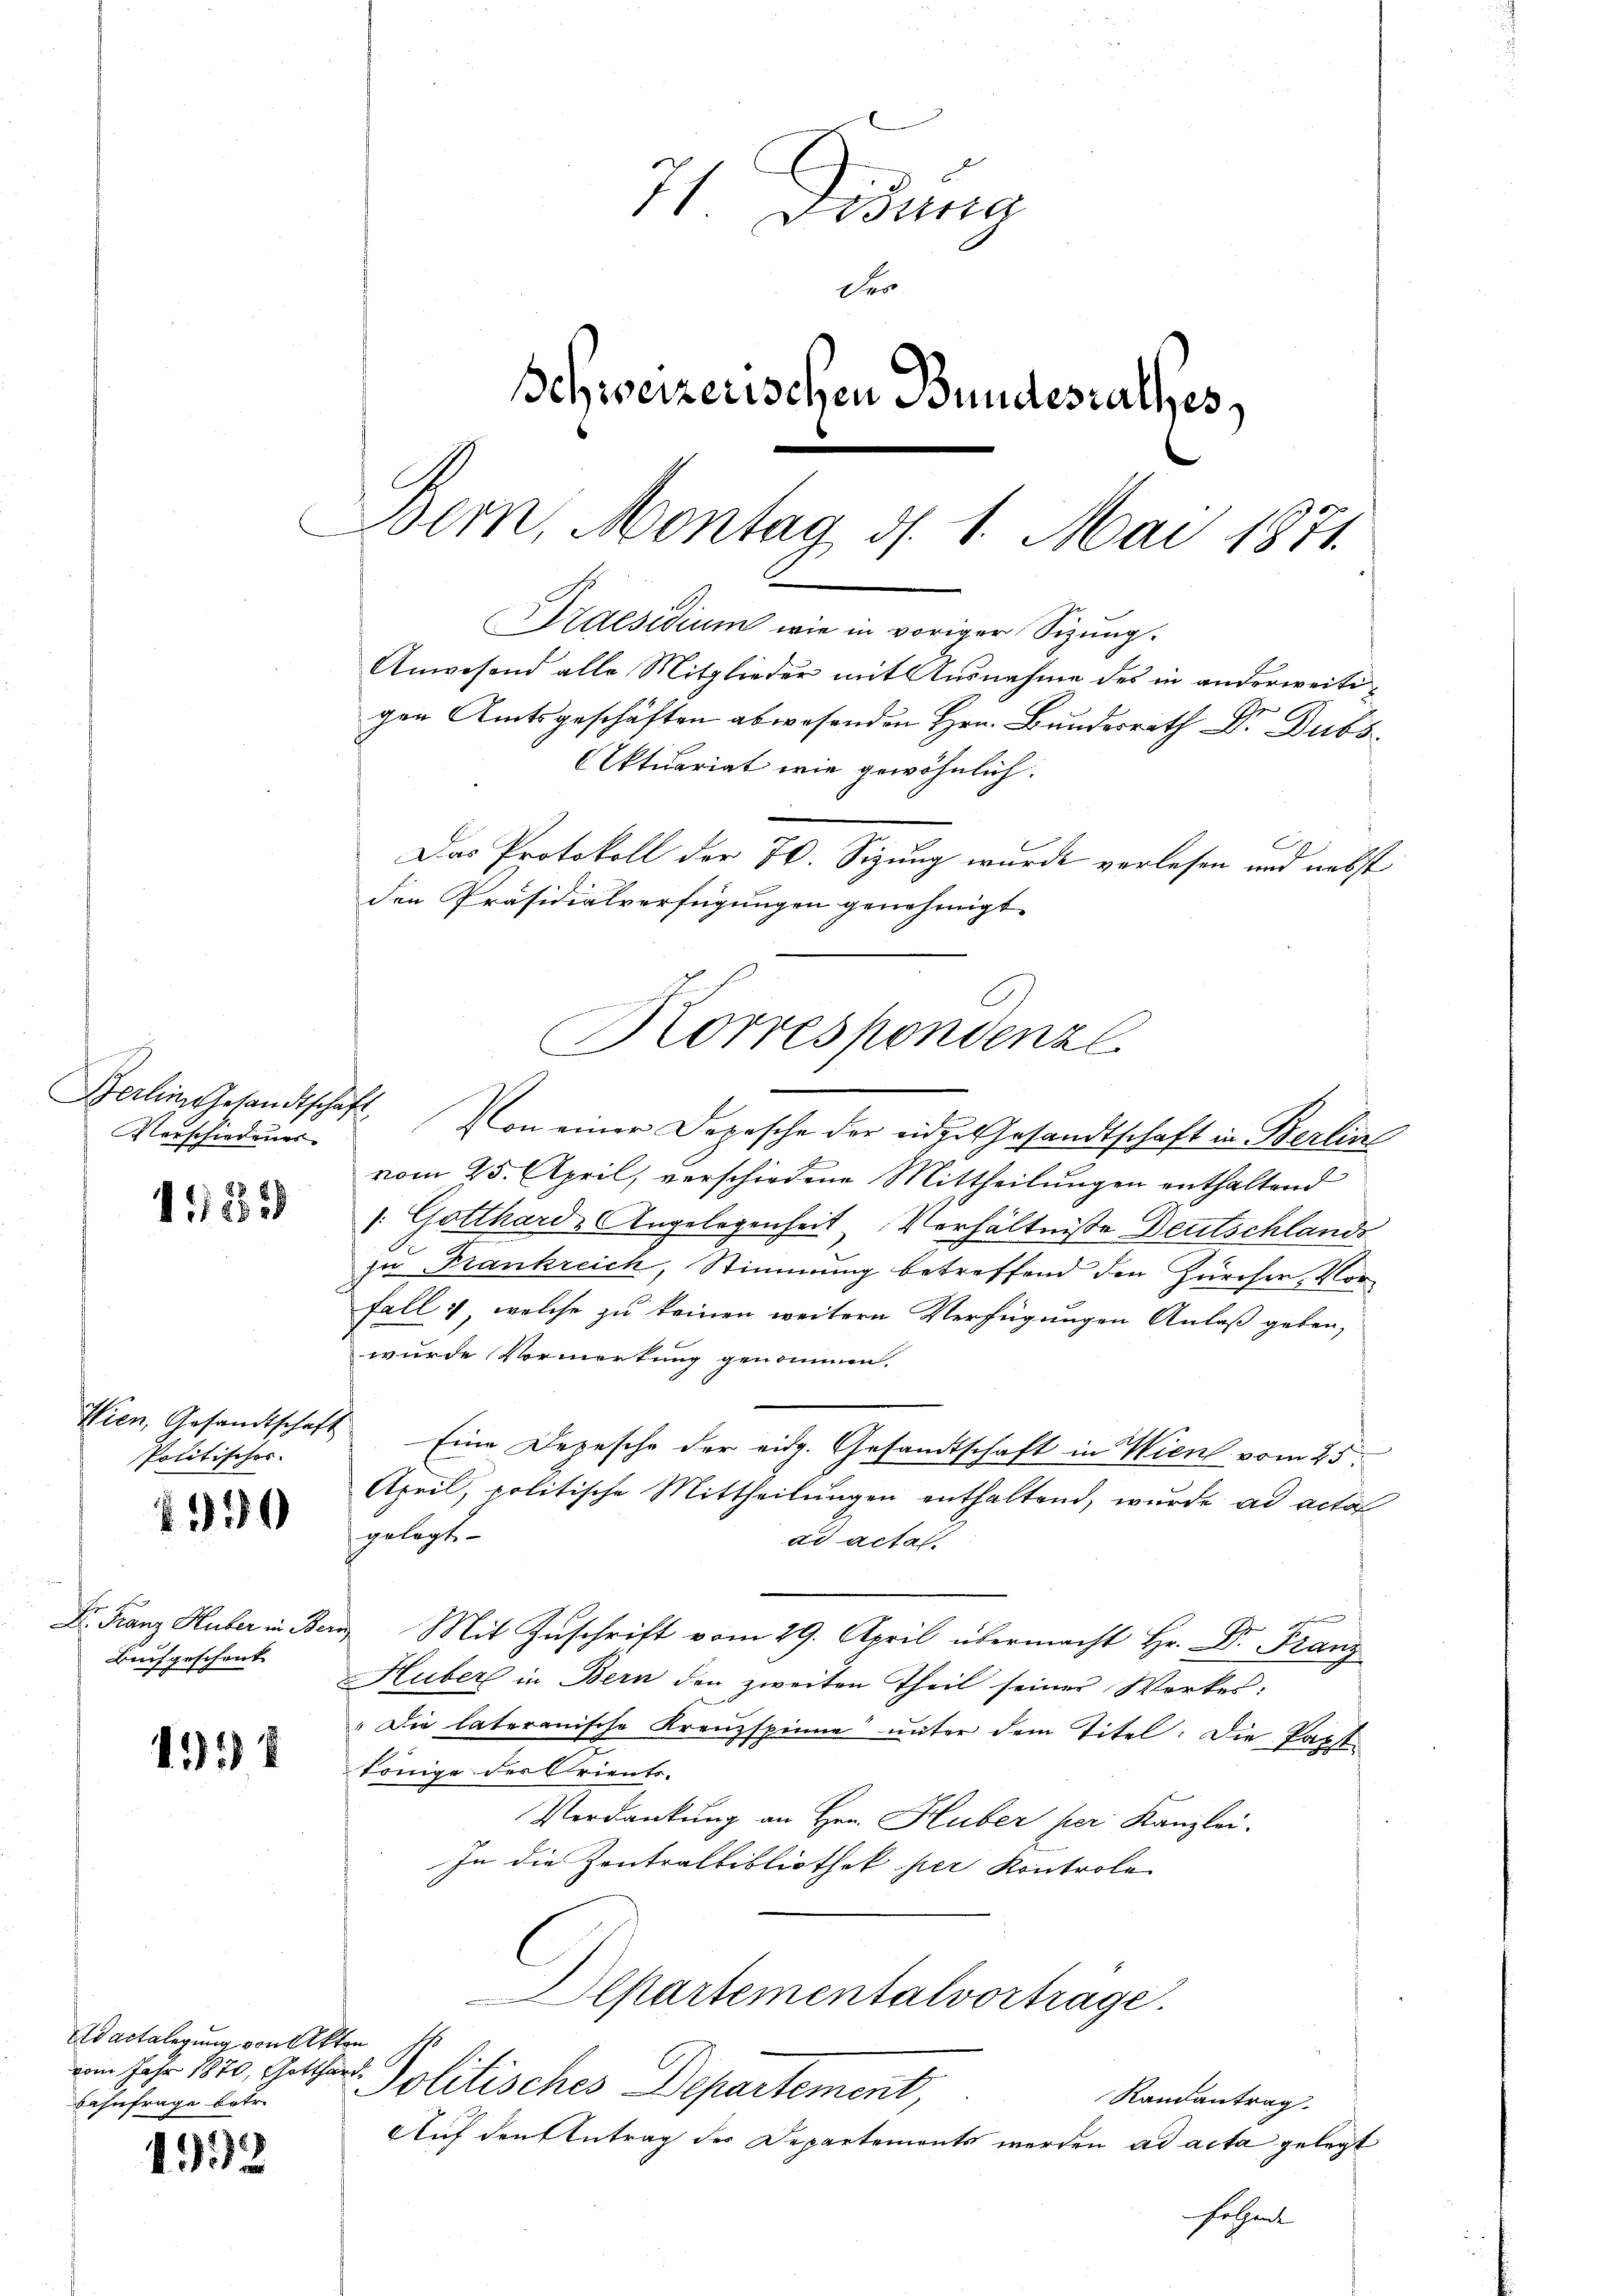
Verschiedungs-

Politisches.

Baufgeschenk

Ad actalegung von Akten
Bahnfrage betr.

1182)

210

112

1932

71 Didung
Deo
Schweizerischen Bundesrathes,
Bern, Montag, d. 1. Mai 1871.
Draesidium wie in voriger Sizung.
Anwesend alle Mitglieder mit Ausnahme des in anderweitigen Amtsgeschäften abwesenden Hrn. Bundesrath Dr. Dubs
Aktuariat wie gewöhnlich.
Das Protokoll der 70. Sizung wurde vorlesen und nebst

den Präsidialverfügungen genehmigt.
Korrespondenzl

Berlin Gesandtschaft. Von einer Depesche der eidge Gesandtschaft in Berlin
vom 25. April, verschiedene Mittheilungen enthaltend
1: Gotthard-Angelegenheit Verhältnisse Deutschlands
zu Frankreich, Stimmung betreffend den Zürcher, Vorfalls, welche zu keinen weitern Verfügungen Anlaß geben,
wurde Vormerkung genommen.
Wien, Gesandtschaft Eine Depesche der eidg. Gesandtschaft in Wien vom 25
Apeil, politische Mittheilungen enthaltend, wurde ad acta
gelegte.
ad actat
g
Dr. Franz Huber in Bern. Mit Zuschrift vom 29. April übermacht Hr. Dr. Franz
Huber in Bern den zweiten Theil seiner Werkes,
" Die lateramische Kreuzspinne unter dem Titel. Die Papst¬
Könige der Orients-
Verdankung an Hrn. Huber per Kanzlei.
In die Zentralbibliothek per Kontrole
Alpartementalvortrage.
n Jahr 1870, Gotthar. Politisches Departement,
Randantrag.
Auf den Antrag der Departements werden ad acta gelegt
Fethent